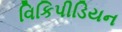
વિકિપીડિયન